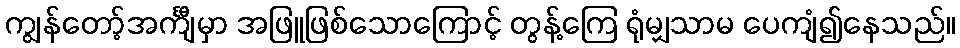
ကျွန်တော့်အင်္ကျီမှာ အဖြူဖြစ်သောကြောင့် တွန့်ကြေ ရုံမျှသာမ ပေကျံ၍နေသည်။